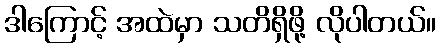
ဒါကြောင့် အထဲမှာ သတိရှိဖို့ လိုပါတယ်။